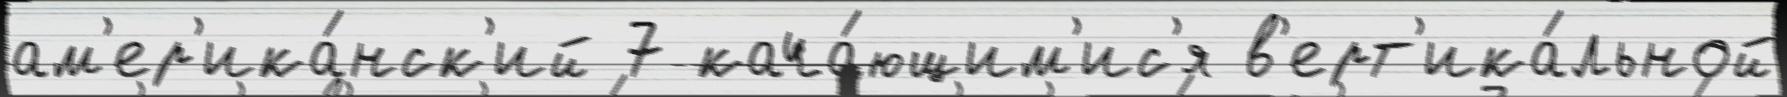
ам'ер'ика́нск'ий 7 кача́ющим'ис'я в'ерт'ика́льной